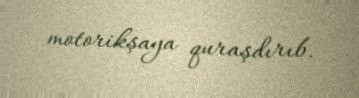
motorikşaya quraşdırıb.